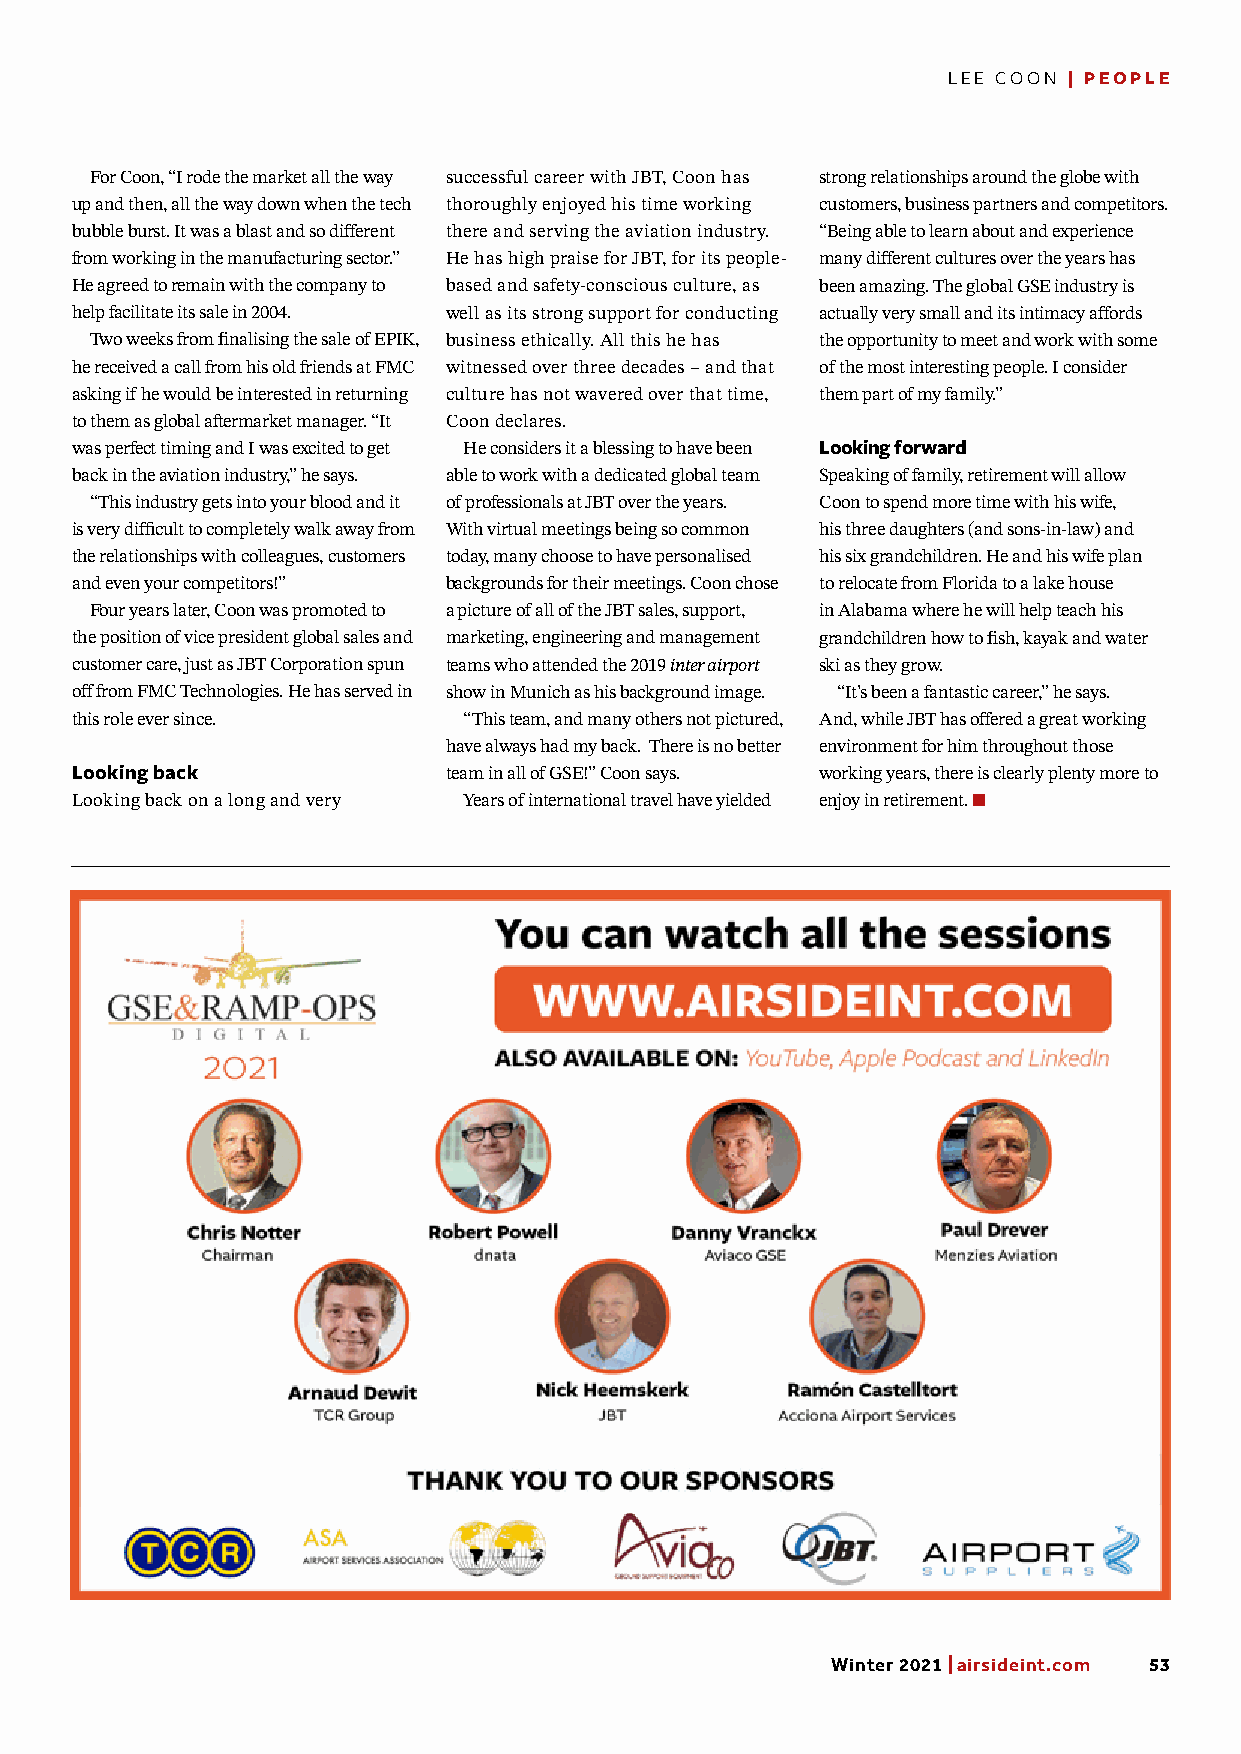
LEE COON | PEOPLE
 For Coon, “I rode the market all the way successful career with JBT, Coon has strong relationships around the globe with
 up and then, all the way down when the tech thoroughly enjoyed his time working customers, business partners and competitors.
 bubble burst. It was a blast and so different there and serving the aviation industry. “Being able to learn about and experience
 from working in the manufacturing sector.” He has high praise for JBT, for its people- many different cultures over the years has
 He agreed to remain with the company to based and safety-conscious culture, as been amazing. The global GSE industry is
 help facilitate its sale in 2004. well as its strong support for conducting actually very small and its intimacy affords
 Two weeks from finalising the sale of EPIK, business ethically. All this he has the opportunity to meet and work with some
 he received a call from his old friends at FMC witnessed over three decades – and that of the most interesting people. I consider
 asking if he would be interested in returning culture has not wavered over that time, them part of my family.”
 to them as global aftermarket manager. “It Coon declares.
 was perfect timing and I was excited to get He considers it a blessing to have been Looking forward
 back in the aviation industry,” he says. able to work with a dedicated global team Speaking of family, retirement will allow
 “This industry gets into your blood and it of professionals at JBT over the years. Coon to spend more time with his wife,
 is very difficult to completely walk away from With virtual meetings being so common his three daughters (and sons-in-law) and
 the relationships with colleagues, customers today, many choose to have personalised his six grandchildren. He and his wife plan
 and even your competitors!” backgrounds for their meetings. Coon chose to relocate from Florida to a lake house
 Four years later, Coon was promoted to a picture of all of the JBT sales, support, in Alabama where he will help teach his
 the position of vice president global sales and marketing, engineering and management grandchildren how to fish, kayak and water
 customer care, just as JBT Corporation spun teams who attended the 2019 inter airport ski as they grow.
 off from FMC Technologies. He has served in show in Munich as his background image. “It’s been a fantastic career,” he says.
 this role ever since.     “This team, and many others not pictured, And, while JBT has offered a great working
 have always had my back. There is no better environment for him throughout those
 Looking back            team in all of GSE!” Coon says. working years, there is clearly plenty more to
 Looking back on a long and very Years of international travel have yielded enjoy in retirement.
 Winter 2021 | airsideint.com 53